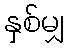
နှစ်မျှ